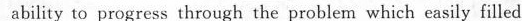
ability to pregress though the problem which easily filled